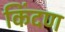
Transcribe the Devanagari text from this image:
किंदण